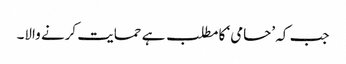
جب کہ ’حامی‘ کا مطلب ہے حمایت کرنے والا۔